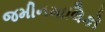
જમીનમાલિકો